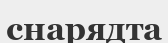
снарядта